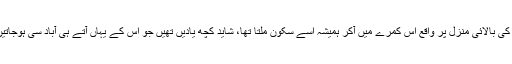
کوٹھی کی بالائی منزل پر واقع اس کمرے میں آکر ہمیشہ اسے سکون ملتا تھا، شاید کچھ یادیں تھیں جو اس کے یہاں آتے ہی آباد سی ہوجاتیں تھیں۔